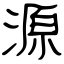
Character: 源